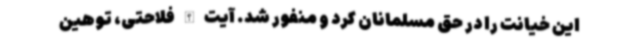
این خیانت را در حق مسلمانان کرد و منفور شد. آیت الله فلاحتی، توهین